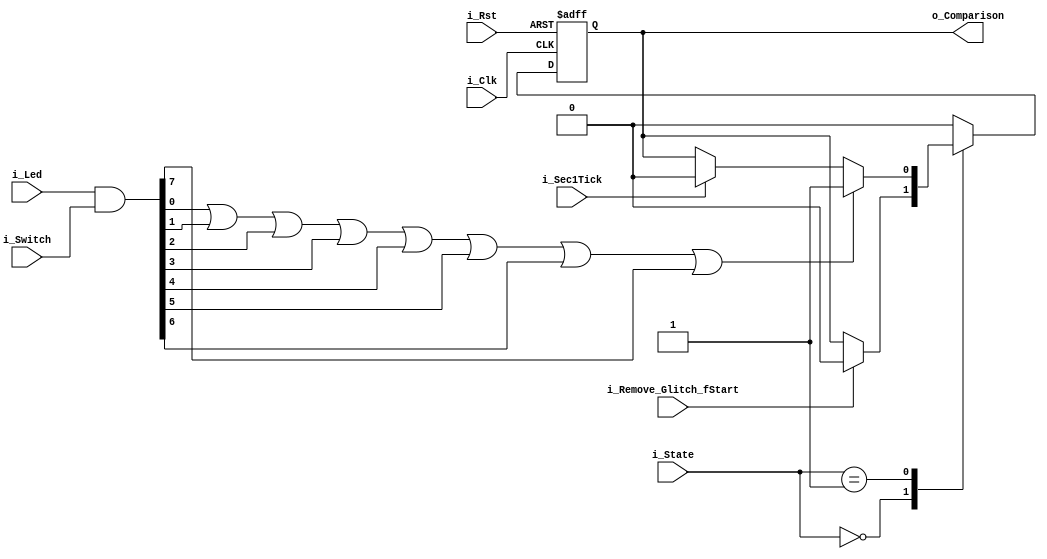
module Comparison(i_Clk, i_Rst, i_Remove_Glitch_fStart, i_State, i_Sec1Tick, i_Led, i_Switch, o_Comparison);

input i_Clk;//50MHz
input i_Rst;
input i_Remove_Glitch_fStart;
input [2:0] i_State;
input i_Sec1Tick;
input [7:0] i_Led;
input [7:0] i_Switch;
output reg o_Comparison;

//Parameters
parameter state_idle = 3'b000;
parameter state_game_start = 3'b001;
parameter state_game_clear = 3'b010;
parameter state_game_fail = 3'b011;

wire [7:0] And8_Led_Switch;
assign And8_Led_Switch = i_Led & i_Switch;


always @ (posedge i_Clk or negedge i_Rst) begin
    if(~i_Rst) begin
        o_Comparison <= 1'b0;
    end 
    else begin
        case(i_State)
            state_idle: if(i_Remove_Glitch_fStart) o_Comparison <= 1'b0;
            state_game_start: begin
                if(i_Sec1Tick) o_Comparison <= 1'b0;
                if(And8_Led_Switch[0] | And8_Led_Switch[1] | And8_Led_Switch[2] | And8_Led_Switch[3] | 
                                    And8_Led_Switch[4] | And8_Led_Switch[5] | And8_Led_Switch[6] | And8_Led_Switch[7]) o_Comparison <= 1'b1;
            end 
            default: o_Comparison <= 1'b0;            
        endcase
        
    end
end


endmodule